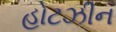
હોટઝીન